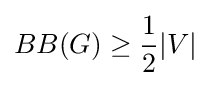
BB(G)\geq {\frac {1}{2}}|V|